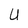
Character: U